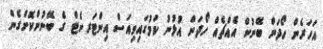
އަހަރެން ހޯދަން ބޭނުން އެއްޗެއް ހޯދަން އުޅުނު ކަމުގައިވިއަސް އިންޓަރނެޓް ގެ ބޭނުންކޮށްގެން